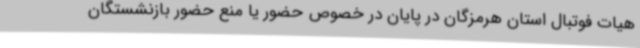
هیات فوتبال استان هرمزگان در پایان در خصوص حضور یا منع حضور بازنشستگان